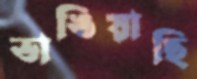
ভাঙিয়াছি